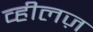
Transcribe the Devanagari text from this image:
व्हीलज़